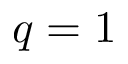
q = 1